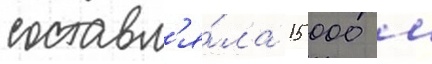
составл'я́ла 15 000 м